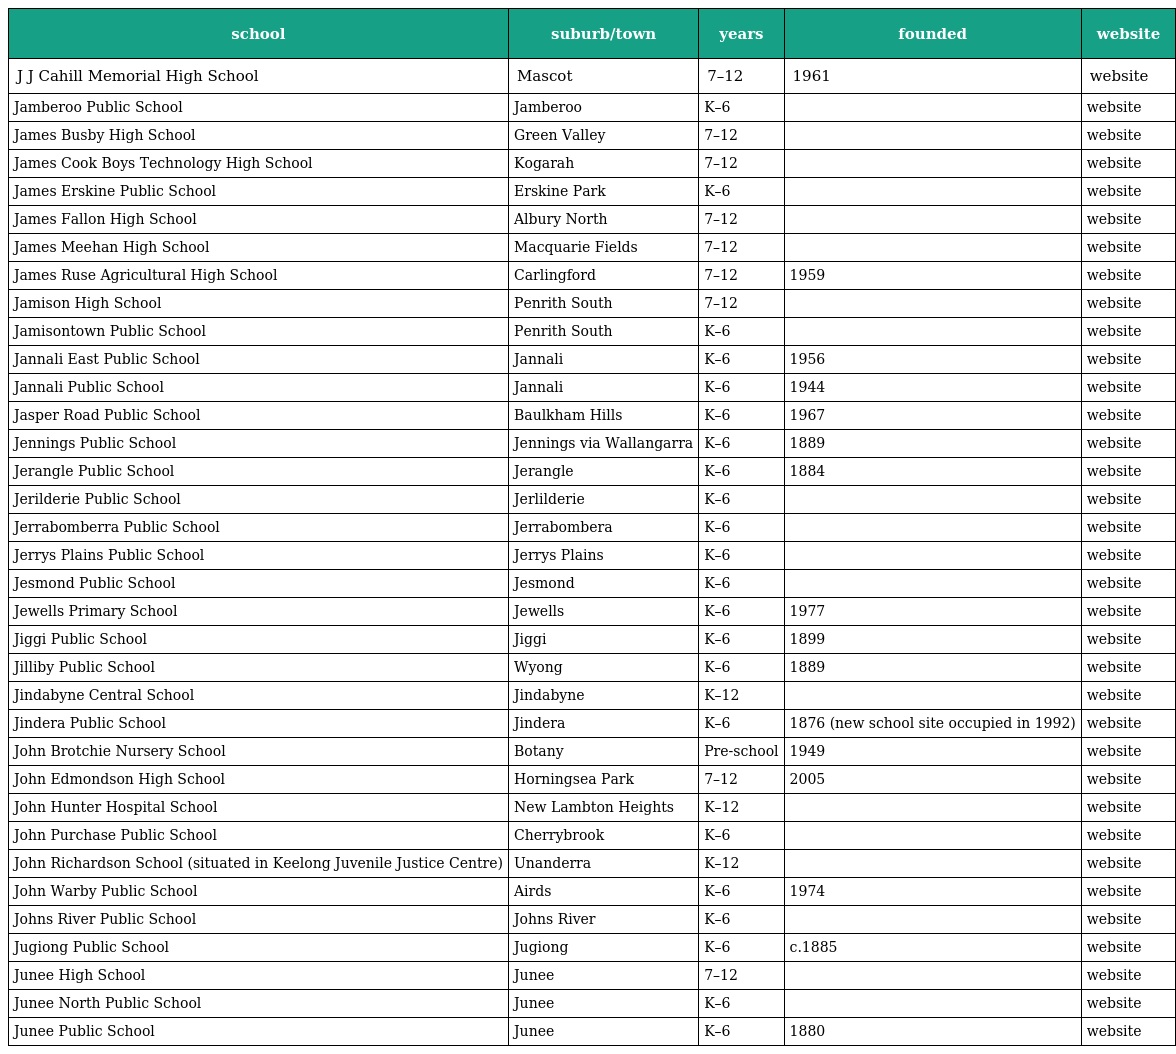
| school | suburb/town | years | founded | website |
 | --- | --- | --- | --- | --- |
 | J J Cahill Memorial High School | Mascot | 7–12 | 1961 | website |
 | Jamberoo Public School | Jamberoo | K–6 |  | website |
 | James Busby High School | Green Valley | 7–12 |  | website |
 | James Cook Boys Technology High School | Kogarah | 7–12 |  | website |
 | James Erskine Public School | Erskine Park | K–6 |  | website |
 | James Fallon High School | Albury North | 7–12 |  | website |
 | James Meehan High School | Macquarie Fields | 7–12 |  | website |
 | James Ruse Agricultural High School | Carlingford | 7–12 | 1959 | website |
 | Jamison High School | Penrith South | 7–12 |  | website |
 | Jamisontown Public School | Penrith South | K–6 |  | website |
 | Jannali East Public School | Jannali | K–6 | 1956 | website |
 | Jannali Public School | Jannali | K–6 | 1944 | website |
 | Jasper Road Public School | Baulkham Hills | K–6 | 1967 | website |
 | Jennings Public School | Jennings via Wallangarra | K–6 | 1889 | website |
 | Jerangle Public School | Jerangle | K–6 | 1884 | website |
 | Jerilderie Public School | Jerlilderie | K–6 |  | website |
 | Jerrabomberra Public School | Jerrabombera | K–6 |  | website |
 | Jerrys Plains Public School | Jerrys Plains | K–6 |  | website |
 | Jesmond Public School | Jesmond | K–6 |  | website |
 | Jewells Primary School | Jewells | K–6 | 1977 | website |
 | Jiggi Public School | Jiggi | K–6 | 1899 | website |
 | Jilliby Public School | Wyong | K–6 | 1889 | website |
 | Jindabyne Central School | Jindabyne | K–12 |  | website |
 | Jindera Public School | Jindera | K–6 | 1876 (new school site occupied in 1992) | website |
 | John Brotchie Nursery School | Botany | Pre-school | 1949 | website |
 | John Edmondson High School | Horningsea Park | 7–12 | 2005 | website |
 | John Hunter Hospital School | New Lambton Heights | K–12 |  | website |
 | John Purchase Public School | Cherrybrook | K–6 |  | website |
 | John Richardson School (situated in Keelong Juvenile Justice Centre) | Unanderra | K–12 |  | website |
 | John Warby Public School | Airds | K–6 | 1974 | website |
 | Johns River Public School | Johns River | K–6 |  | website |
 | Jugiong Public School | Jugiong | K–6 | c.1885 | website |
 | Junee High School | Junee | 7–12 |  | website |
 | Junee North Public School | Junee | K–6 |  | website |
 | Junee Public School | Junee | K–6 | 1880 | website |